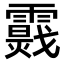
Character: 𩆉